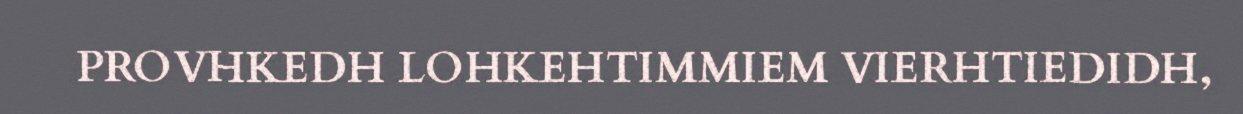
PROVHKEDH LOHKEHTIMMIEM VIERHTIEDIDH,